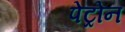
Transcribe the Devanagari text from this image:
पेट्रोन